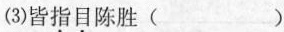
(3)皆\underset{·}{指}\underset{·}{目}陈胜( )